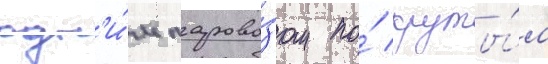
одн'и́м парово́зом по́ круты́м